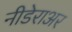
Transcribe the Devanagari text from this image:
नीडेराअर